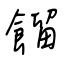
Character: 餾